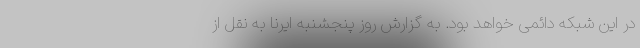
در این شبکه دائمی خواهد بود. به گزارش روز پنجشنبه ایرنا به نقل از